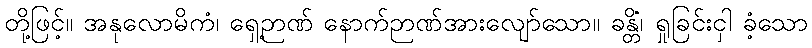
တို့ဖြင့်။ အနုလောမိကံ၊ ရှေ့ဉာဏ် နောက်ဉာဏ်အားလျော်သော။ ခန္တိံ၊ ရှုခြင်းငှါ ခံ့သော